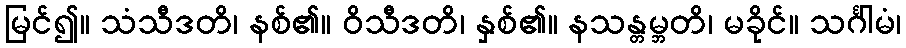
မြင်၍။ သံသီဒတိ၊ နစ်၏။ ဝိသီဒတိ၊ နှစ်၏။ နသန္တမ္ဘတိ၊ မခိုင်။ သင်္ဂါမံ၊